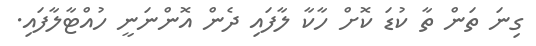
ގިނަ ތަން ތާ ކުޑަ ކޮށް ހާކާ ލާފައި ދެން އޮންނަނީ ހުއްޓާލާފައި.